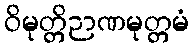
ဝိမုတ္တိဉာဏမုတ္တမံ